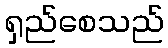
ရှည်စေသည်